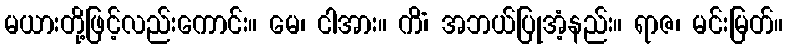
မယားတို့ဖြင့်လည်းကောင်း။ မေ၊ ငါအား။ ကိံ၊ အဘယ်ပြုအံ့နည်း။ ရာဇ၊ မင်းမြတ်။